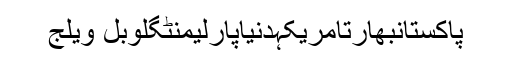
پاکستانبھارتامریکہدنیاپارلیمنٹگلوبل ویلج